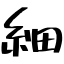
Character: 細